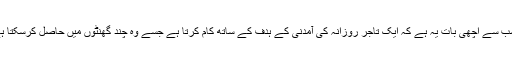
فاریکس ٹریڈنگ کے بارے میں سب سے اچھی بات یہ ہے کہ ایک تاجر روزانہ کی آمدنی کے ہدف کے ساتھ کام کرتا ہے جسے وہ چند گھنٹوں میں حاصل کرسکتا ہے اور اس سے آگے نکل جاتا ہے۔